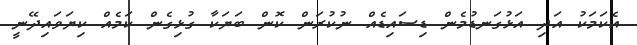
އެކަމަކު އަދި އަޅުގަނޑުމެން ޑިސައިޑެއް ނުކުރަން ކޮން ބަޔަކާ ގުޅިގެން ކަމެއް ކިޔަވައިދޭނީ